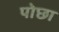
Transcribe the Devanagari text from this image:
पोछा